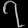
Digit: ၇